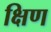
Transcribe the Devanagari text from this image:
क्षिण